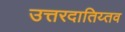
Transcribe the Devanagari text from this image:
उत्तरदातिय्तव